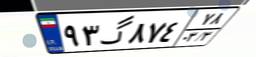
۹۳گ۸۷۴۷۸